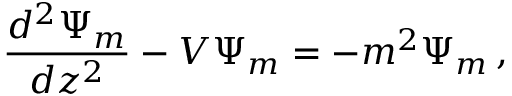
{ \frac { d ^ { 2 } \Psi _ { m } } { d z ^ { 2 } } } - V \Psi _ { m } = - m ^ { 2 } \Psi _ { m } \, ,